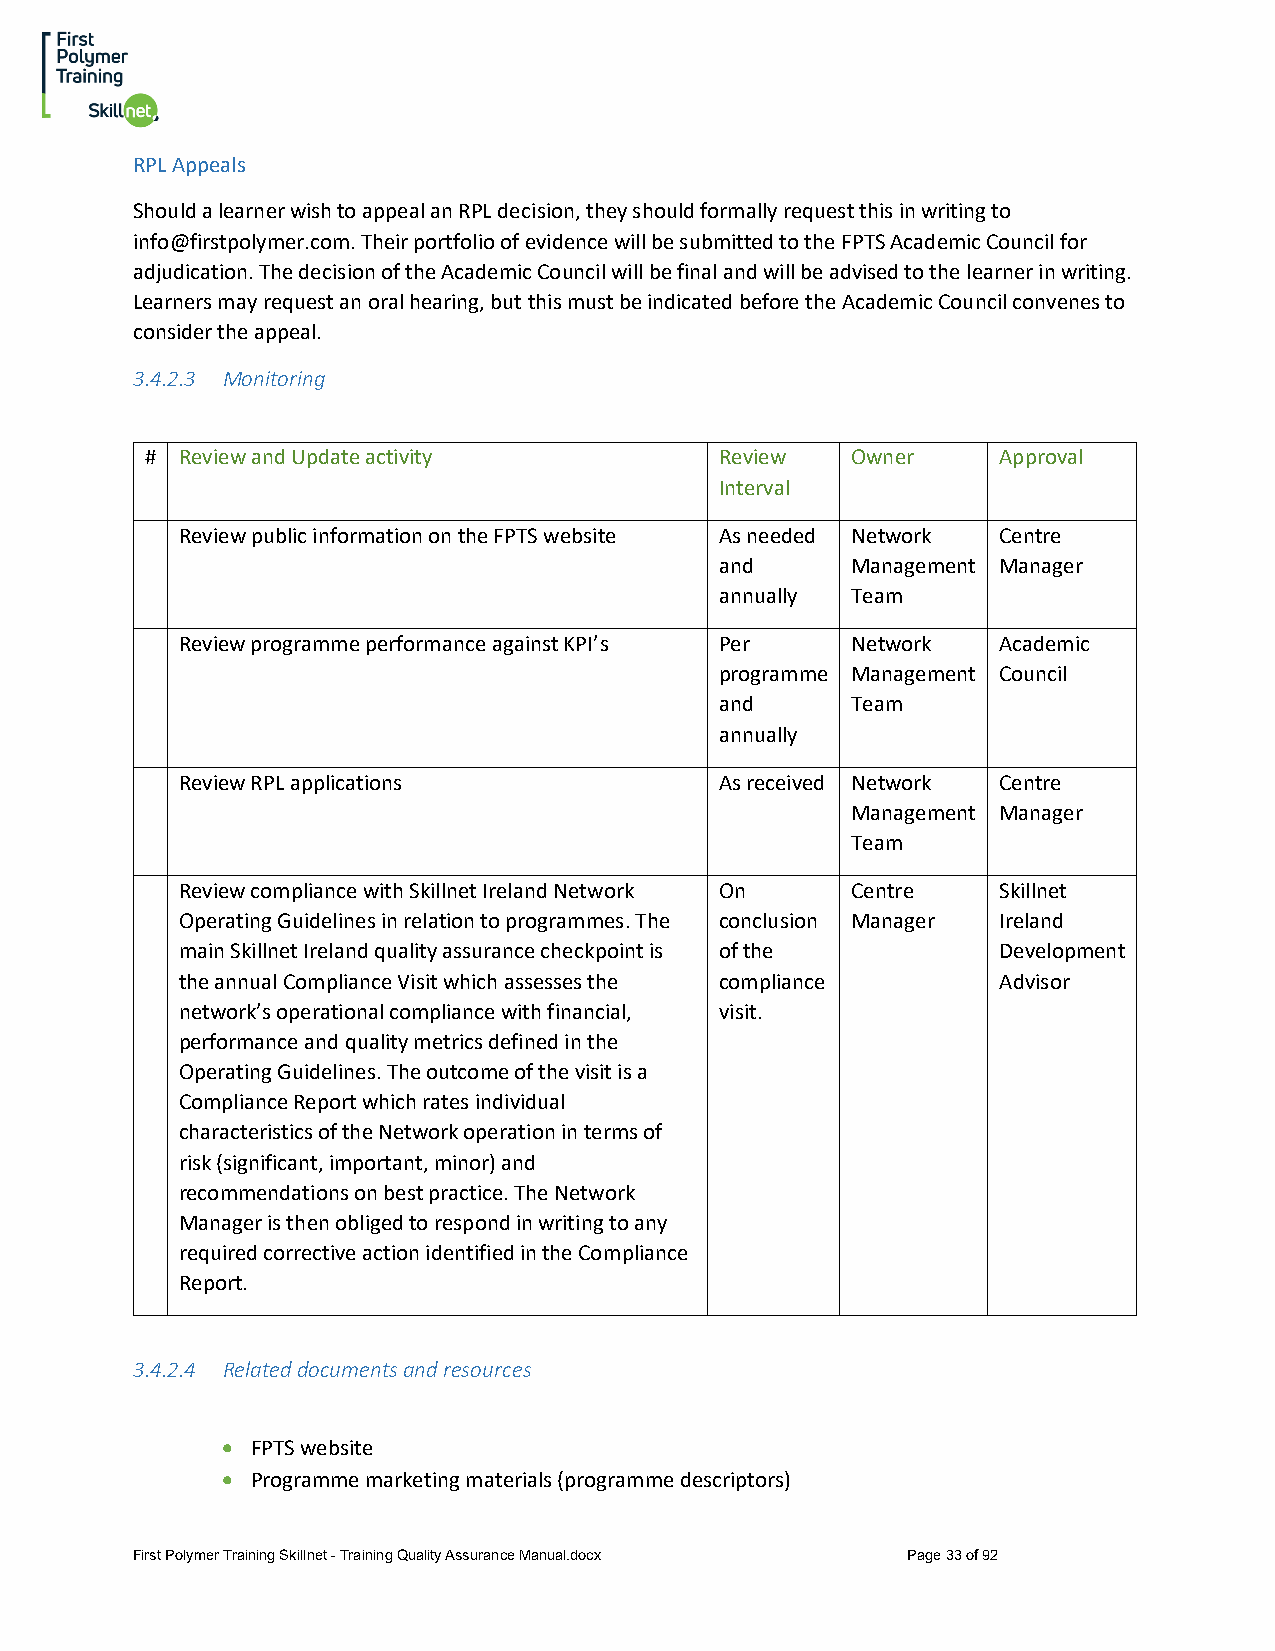
RPL Appeals
 Should a learner wish to appeal an RPL decision, they should formally request this in writing to
 info@firstpolymer.com. Their portfolio of evidence will be submitted to the FPTS Academic Council for
 adjudication. The decision of the Academic Council will be final and will be advised to the learner in writing.
 Learners may request an oral hearing, but this must be indicated before the Academic Council convenes to
 consider the appeal.
 3.4.2.3 Monitoring
 # Review and Update activity          Review  Owner     Approval
 Interval
 Review public information on the FPTS website As needed Network Centre
 and     Management Manager
 annually Team
 Review programme performance against KPI’s Per Network Academic
 programme Management Council
 and     Team
 annually
 Review RPL applications             As received Network Centre
 Management Manager
 Team
 Review compliance with Skillnet Ireland Network On Centre Skillnet
 Operating Guidelines in relation to programmes. The conclusion Manager Ireland
 main Skillnet Ireland quality assurance checkpoint is of the Development
 the annual Compliance Visit which assesses the compliance Advisor
 network’s operational compliance with financial, visit.
 performance and quality metrics defined in the
 Operating Guidelines. The outcome of the visit is a
 Compliance Report which rates individual
 characteristics of the Network operation in terms of
 risk (significant, important, minor) and
 recommendations on best practice. The Network
 Manager is then obliged to respond in writing to any
 required corrective action identified in the Compliance
 Report.
 3.4.2.4 Related documents and resources
 • FPTS website
 • Programme marketing materials (programme descriptors)
 First Polymer Training Skillnet - Training Quality Assurance Manual.docx Page 33 of 92